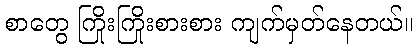
စာတွေ ကြိုးကြိုးစားစား ကျက်မှတ်နေတယ်။